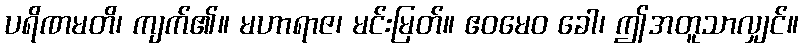
ပရိဏမတိ၊ ကျက်၏။ မဟာရာဇ၊ မင်းမြတ်။ ဧဝမေဝ ခေါ၊ ဤအတူသာလျှင်။